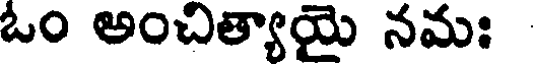
ఓం అంచిత్యాయై నమః